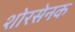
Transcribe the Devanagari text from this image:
शोरसेनक